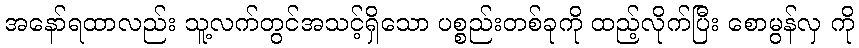
အနော်ရထာလည်း သူ့လက်တွင်အသင့်ရှိသော ပစ္စည်းတစ်ခုကို ထည့်လိုက်ပြီး စောမွန်လှ ကို